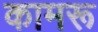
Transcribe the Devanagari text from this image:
कामरू